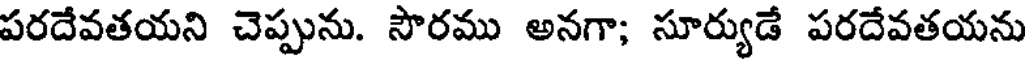
పరదేవతయని చెప్పును. సౌరము అనగా; సూర్యుడే పరదేవతయను